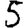
Digit: 5